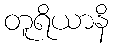
တူရိယာနိ